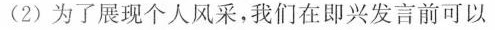
(2)为了展现个人风采，我们在即兴发言前可以